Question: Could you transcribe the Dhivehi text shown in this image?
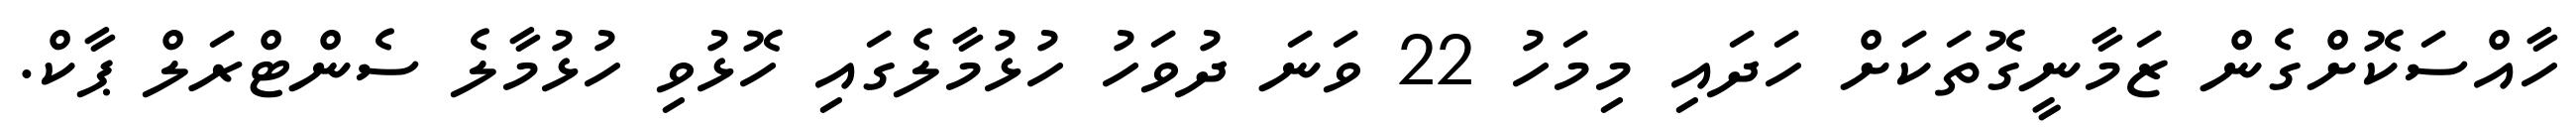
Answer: ހާއްސަކޮށްގެން ޒަމާނީގޮތަކަށް ހަދައި މިމަހު 22 ވަނަ ދުވަހު ހުޅުމާލެގައި ހޮޅުވި ހުޅުމާލެ ސެންޓްރަލް ޕާކް.